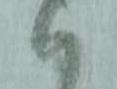
ハ